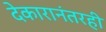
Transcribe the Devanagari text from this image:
देकारानंतरही